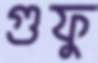
গুফু